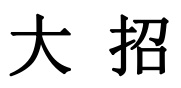
大 招